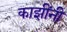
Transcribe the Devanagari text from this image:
काझींनी